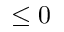
\leq 0